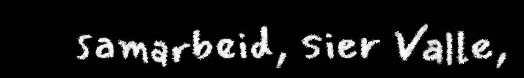
samarbeid, sier Valle,